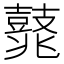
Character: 𪔛